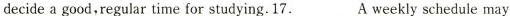
decide a good,regular time for studying.17.___A weekly schedule may